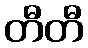
တီတီ